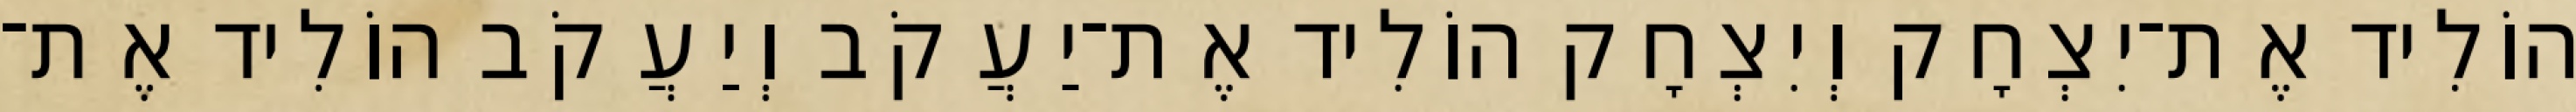
הוֹלִיד אֶת־יִצְחָק וְיִצְחָק הוֹלִיד אֶת־יַעֲקֹב וְיַעֲקֹב הוֹלִיד אֶת־